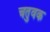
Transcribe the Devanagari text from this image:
चतुवक